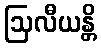
ဩလီယန္တိ